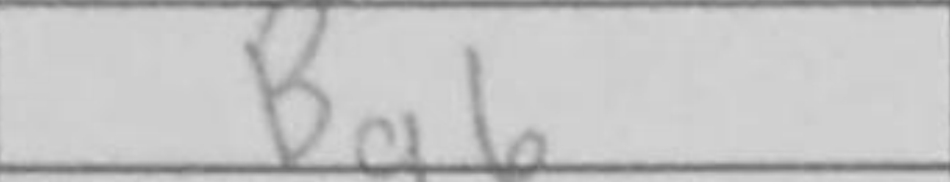
Transcription: Bg6